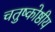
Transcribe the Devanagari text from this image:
चतुष्कोष्ठीय